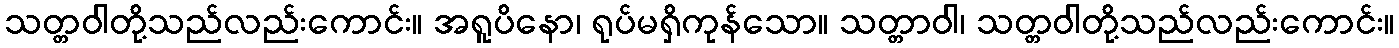
သတ္တဝါတို့သည်လည်းကောင်း။ အရူပိနော၊ ရုပ်မရှိကုန်သော။ သတ္တာဝါ၊ သတ္တဝါတို့သည်လည်းကောင်း။